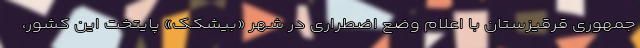
جمهوری قرقیزستان با اعلام وضع اضطراری در شهر «بیشکک» پایتخت این کشور،